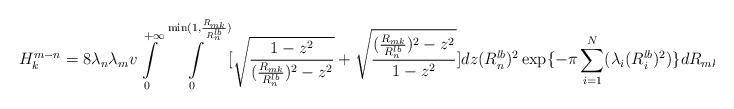
LaTeX: \begin{align*}H_k^{m-n}=8\lambda_n\lambda_mv\int\limits_0^{+\infty}\int\limits_0^{\min(1,\frac{R_{mk}}{R_n^{lb}})}[\sqrt{\frac{1-z^2}{(\frac{R_{mk}}{R_n^{lb}})^2-z^2}}+\sqrt{\frac{(\frac{R_{mk}}{R_n^{lb}})^2-z^2}{1-z^2}}]dz(R_n^{lb})^2\exp\{-\pi\sum\limits_{i=1}^N(\lambda_i(R_i^{lb})^2)\}dR_{mk}\end{align*}